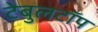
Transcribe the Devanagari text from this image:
टेबुलटॉप